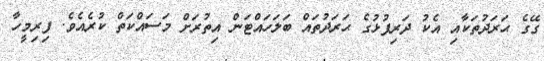
ގޭގެ ޙަރަދުތަކާއި އެކު ދަރިފުޅުގެ ޙަރަދުތައް ބަލަހައްޓަން އިތުރަށް މަސައްކަތް ކުރެއެވެ. ފިރިމީހާ